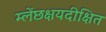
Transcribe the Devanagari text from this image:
म्लेंछक्षयदीक्षित